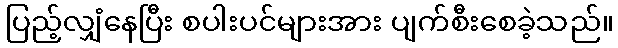
ပြည့်လျှံနေပြီး စပါးပင်များအား ပျက်စီးစေခဲ့သည်။